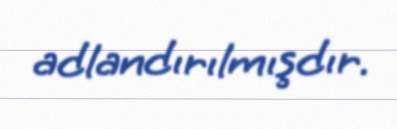
adlandırılmışdır.